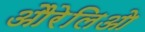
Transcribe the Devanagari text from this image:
औरेलिओ